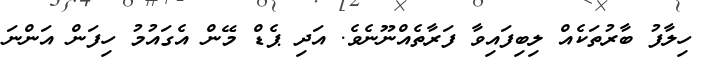
ހިލާފު ބާރުތަކެއް ލިބިފައިވާ ފަރާތެއްނޫނެވެ. އަދި ޕެޑް މޭން އެގައުމު ހިފަން އަންނަ